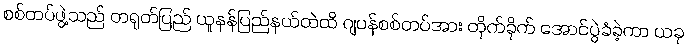
စစ်တပ်ဖွဲ့သည် တရုတ်ပြည် ယူနန်ပြည်နယ်ထဲထိ ဂျပန်စစ်တပ်အား တိုက်ခိုက် အောင်ပွဲခံခဲ့ကာ ယခု